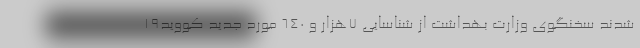
شدند سخنگوی وزارت بهداشت از شناسایی ۷هزار و ۶۴۰ مورد جدید کووید۱۹